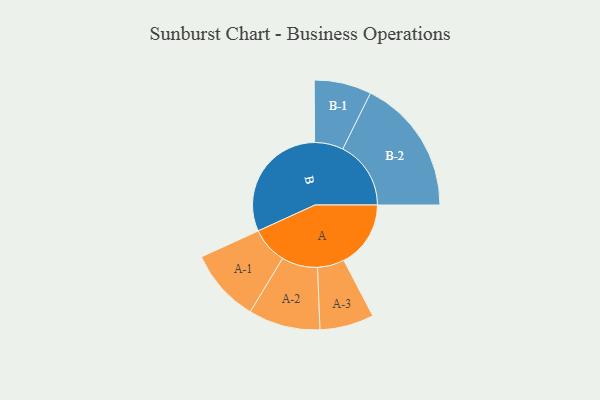
{"axis": {"x": "Segment", "y": "Value"}, "legend": ["", "A", "B"], "data": [{"x": "A", "y": 257, "type": ""}, {"x": "B", "y": 470, "type": ""}, {"x": "A-1", "y": 141, "type": "A"}, {"x": "A-2", "y": 138, "type": "A"}, {"x": "A-3", "y": 104, "type": "A"}, {"x": "B-1", "y": 110, "type": "B"}, {"x": "B-2", "y": 262, "type": "B"}]}